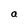
Character: a